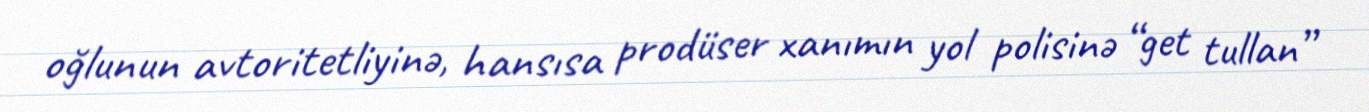
oğlunun avtoritetliyinə, hansısa prodüser xanımın yol polisinə “get tullan”